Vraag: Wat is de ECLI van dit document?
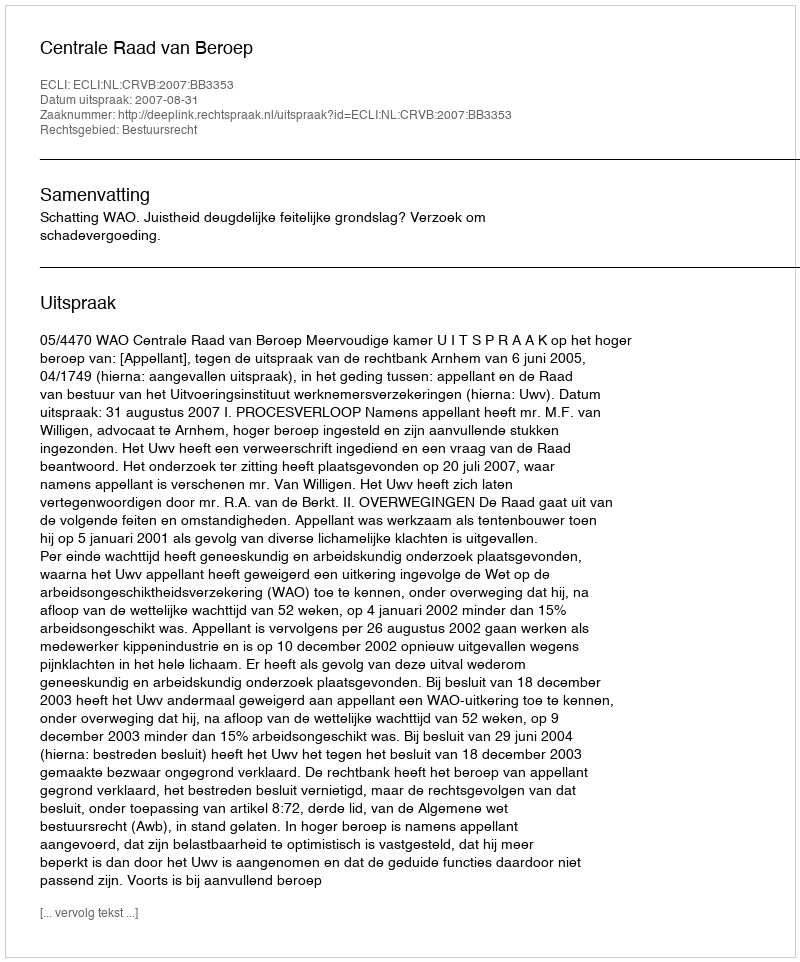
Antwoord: ECLI:NL:CRVB:2007:BB3353